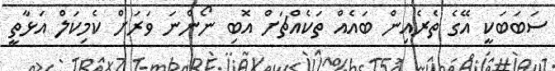
ސަބަބަކީ އޭގެ ތެރެއިން ބައެއް ތަކެއްޗަށް އޮބި ނޯންނަ ވަރަށް ކެމިކަލް އަޅާތީ